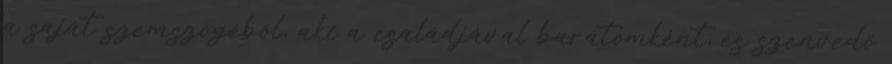
a saját szemszögéből, aki a családjával barátomként, és szenvedő